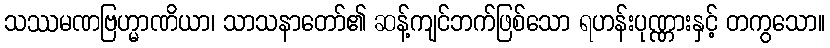
သဿမဏဗြဟ္မာဏိယာ၊ သာသနာတော်၏ ဆန့်ကျင်ဘက်ဖြစ်သော ရဟန်းပုဏ္ဏားနှင့် တကွသော။